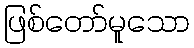
ဖြစ်တော်မူသော